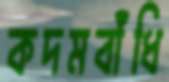
কদমবাঁধি